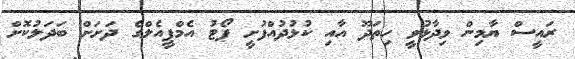
ރައީސް ޔާމިން ވިދާޅުވީ ހިތަދޫ އާއި ކުޅުދުއްފުށީ ޕޯޓު އެމްޕީއެލްގެ ދަށަށް ބަދަލުކޮށް